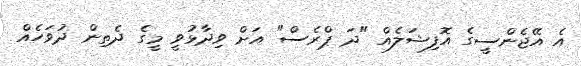
އެ އޭޖެންސީގެ އޮފިޝަލެއް "ދަ ޕްރެސް" އަށް ވިދާޅުވީ މީގެ ދެތިން ދުވަހެއް